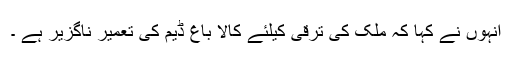
انہوں نے کہا کہ ملک کی ترقی کیلئے کالا باغ ڈیم کی تعمیر ناگزیر ہے ۔